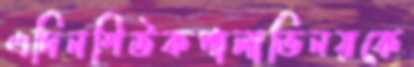
এদিনশিউকপালাভিনয়কে